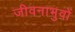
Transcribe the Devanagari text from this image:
जीवनाभुवों